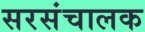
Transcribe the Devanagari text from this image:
सरसंचालक